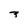
Character: 3